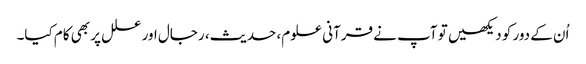
اُن کے دور کو دیکھیں تو آپ نے قرآنی علوم، حدیث، رجال اور علل پر بھی کام کیا۔